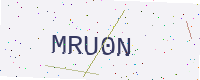
Text: MRU0N